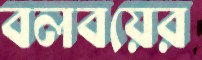
বলবয়ের